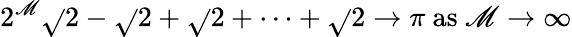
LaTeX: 2^{\mathscr{M}}{\sqrt{}{{2-{\sqrt{}{{2+{\sqrt{}{{2+\cdots+{\sqrt{}{{2}}}}}}}}}}}}\to\pi{\mathrm{{~as~}}}\mathscr{M}\to\infty